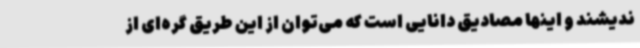
ندیشند و اینها مصادیق دانایی است که می‌توان از این طریق گره‌ای از